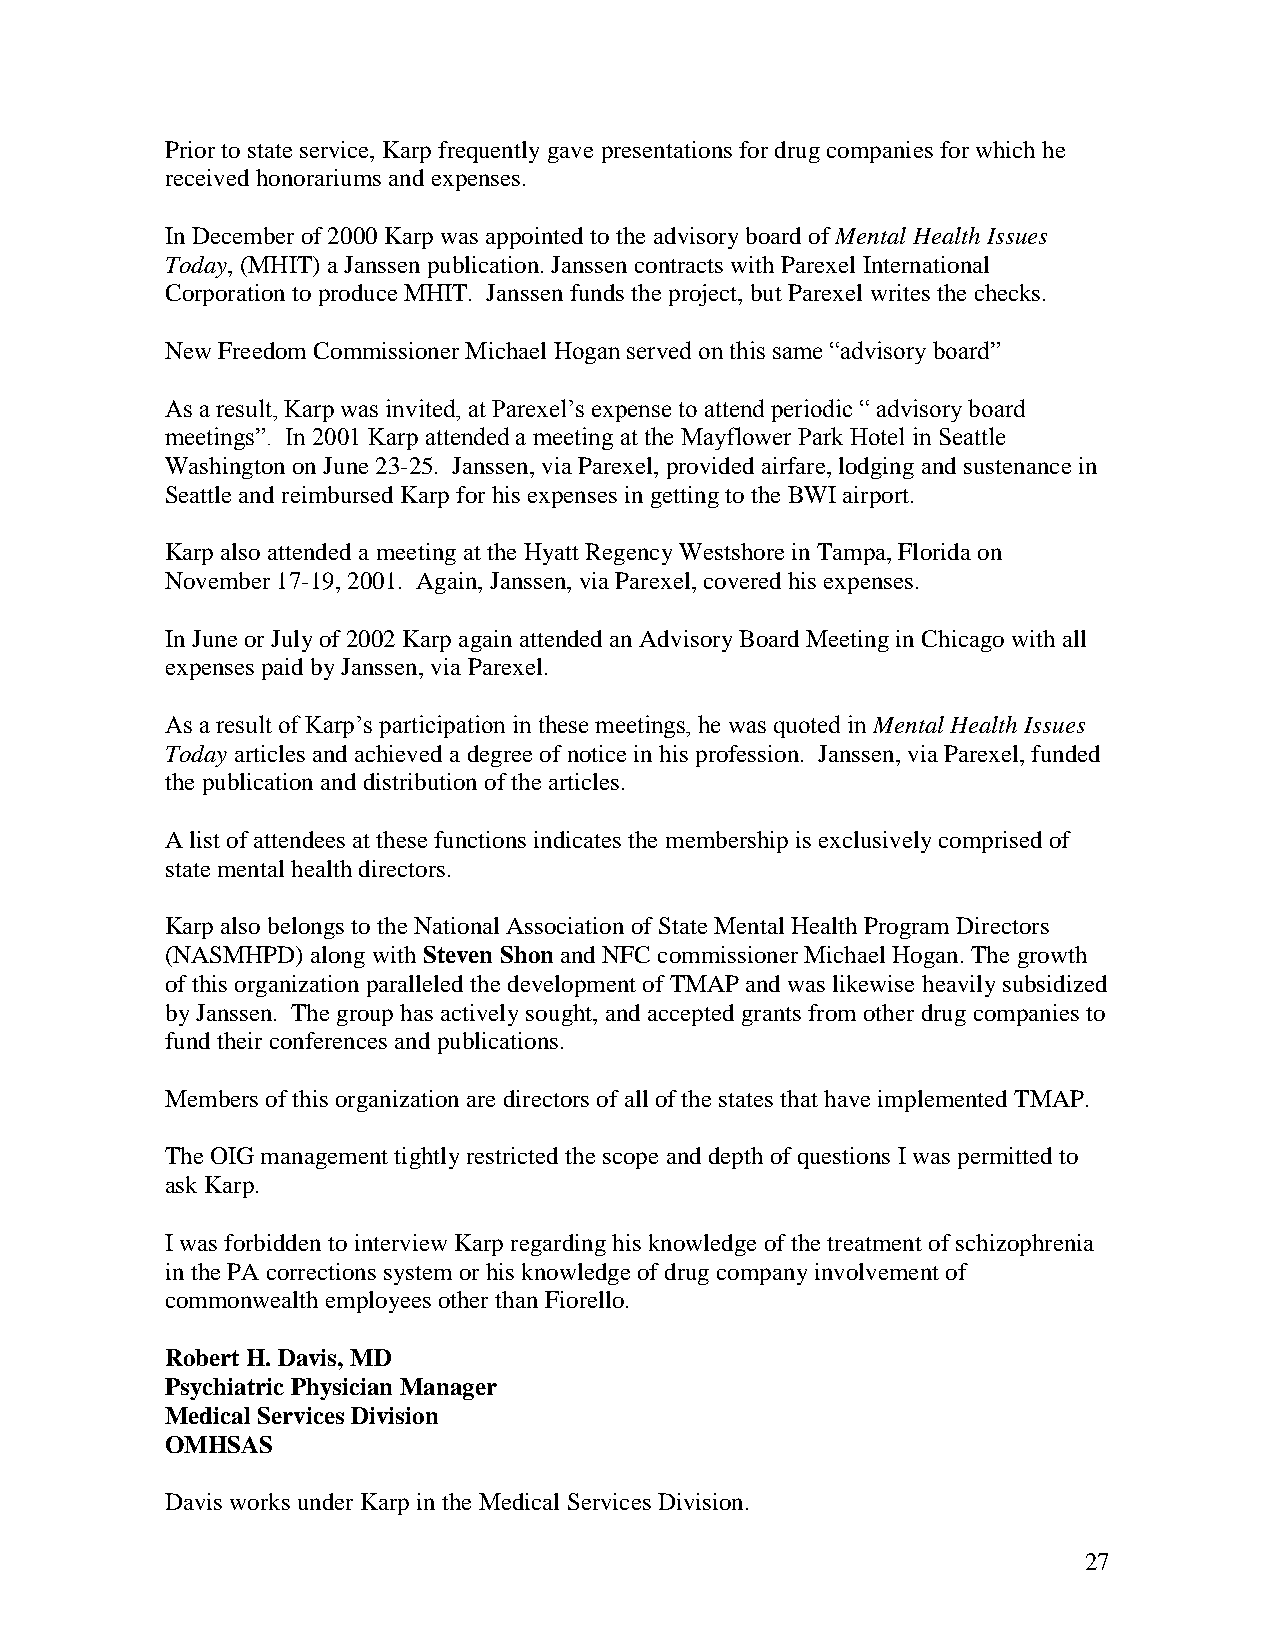
Priortostateservice,Karpfrequentlygavepresentations fordrugcompanies forwhichhe
 receivedhonorariums andexpenses.
 In Decemberof2000Karpwas appointedtothe advisoryboardofMental HealthIssues
 Today,(MHIT) aJanssenpublication.Janssencontracts withParexel International
 Corporationtoproduce MHIT. Janssenfunds theproject,but Parexel writes thechecks.
 NewFreedom CommissionerMichael Hogan served on this same “advisory board”
 As a result, Karp was invited, at Parexel’s expense to attend periodic “ advisory board
 meetings”. In 2001 Karp attended a meeting at the Mayflower Park Hotel in Seattle
 WashingtononJune23-25. Janssen,viaParexel,providedairfare,lodgingandsustenancein
 Seattleandreimbursed Karpforhis expenses in gettingtotheBWIairport.
 Karpalso attendedameetingat theHyatt RegencyWestshoreinTampa,Floridaon
 November17-19,2001. Again,Janssen,viaParexel,coveredhis expenses.
 InJuneorJulyof2002Karpagain attendedan AdvisoryBoardMeetinginChicago withall
 expenses paidbyJanssen,viaParexel.
 As a result of Karp’s participation in these meetings, he was quoted in Mental HealthIssues
 Todayarticles and achievedadegreeofnoticeinhis profession. Janssen,viaParexel,funded
 thepublicationanddistributionofthearticles.
 Alist ofattendees at thesefunctions indicates the membershipis exclusivelycomprisedof
 statemental health directors.
 Karpalso belongs tothe National Associationof StateMental HealthProgram Directors
 (NASMHPD)alongwith Steven Shon andNFC commissionerMichael Hogan.The growth
 ofthis organizationparalleledthedevelopment of TMAP andwas likewise heavilysubsidized
 byJanssen. The grouphas activelysought,andaccepted grants from otherdrugcompanies to
 fundtheirconferences andpublications.
 Members ofthis organizationaredirectors of all ofthestates that haveimplementedTMAP.
 TheOIGmanagement tightlyrestrictedthescope anddepthofquestions Iwas permittedto
 ask Karp.
 Iwas forbiddentointerviewKarpregardinghis knowledgeofthetreatment ofschizophrenia
 inthePAcorrections system orhis knowledgeof drug companyinvolvement of
 commonwealthemployees otherthan Fiorello.
 RobertH.Davis, MD
 Psychiatric Physician Manager
 Medical Services Division
 OMHSAS
 Davis works under Karp intheMedical Services Division.
 27